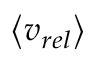
\left\langle v _ { r e l } \right\rangle